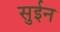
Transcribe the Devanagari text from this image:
सुईन